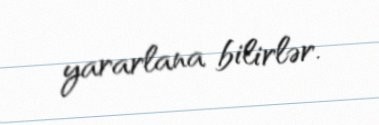
yararlana bilirlər.